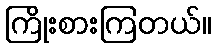
ကြိုးစားကြတယ်။